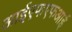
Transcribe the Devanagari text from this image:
आईएफएफआई